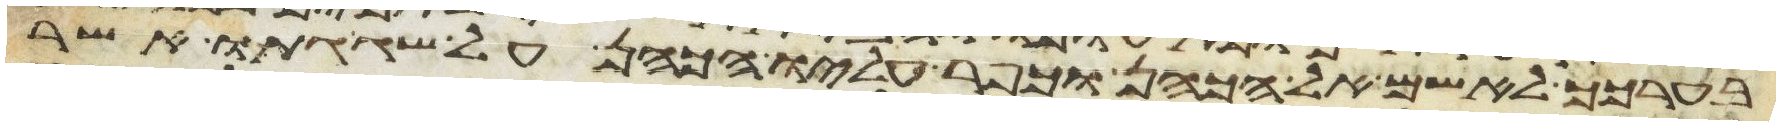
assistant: בערכך לאשם אל הכהן וכפר עליו הכהן על שגגתו אשר